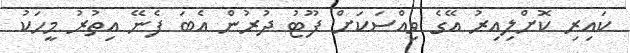
ކައިރި ކޮށްލިއިރު އޭގެ ވިއްސަކަށް ފޫޓު ދުރުން އެބަ ފެނޭ އިތުރު މީހަކު